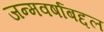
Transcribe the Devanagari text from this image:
जन्मवर्षाबद्दल